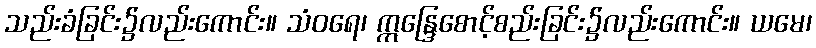
သည်းခံခြင်း၌လည်းကောင်း။ သံဝရေ၊ ဣန္ဒြေစောင့်စည်းခြင်း၌လည်းကောင်း။ ယမေ၊